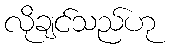
လိုချင်သည်ဟု